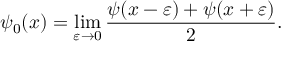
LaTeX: \psi _ { 0 } ( x ) = \operatorname* { l i m } _ { \varepsilon \rightarrow 0 } { \frac { \psi ( x - \varepsilon ) + \psi ( x + \varepsilon ) } { 2 } } .